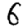
Digit: 6